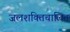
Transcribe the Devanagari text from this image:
जलशक्तिचालित